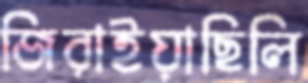
জিরাইয়াছিলি